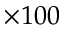
\times 1 0 0